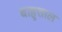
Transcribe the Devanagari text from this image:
बाहुशाल